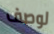
لوصف